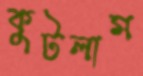
কুটলাম